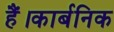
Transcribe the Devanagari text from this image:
हैं।कार्बनिक